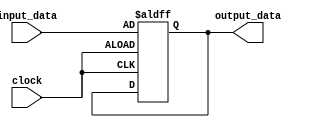
module level_sensitive_latch (
    input wire input_data,
    input wire clock,
    output reg output_data
);

always @ (posedge clock or negedge clock) begin
    if (clock) begin
        output_data <= input_data;
    end
end

endmodule